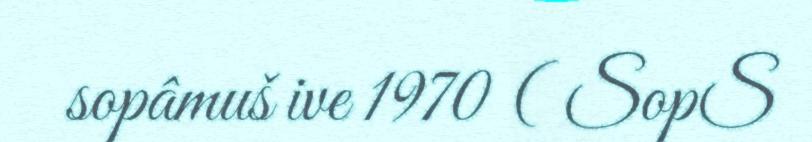
sopâmuš ive 1970 ( SopS